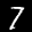
Label: 7